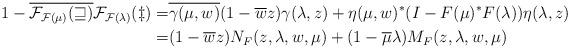
LaTeX: \begin{align*}1-\overline{\cal{F}_{F(\mu)}(w)}\cal{F}_{F(\lambda)}(z)=&\overline{\gamma(\mu,w)}(1-\overline{w}z)\gamma(\lambda,z)+\eta(\mu,w)^*(I-F(\mu)^*F(\lambda))\eta(\lambda,z)\\=&(1-\overline{w}z)N_F(z,\lambda,w,\mu)+(1-\overline{\mu}\lambda)M_F(z,\lambda,w,\mu)\end{align*}